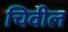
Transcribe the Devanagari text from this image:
चिवील